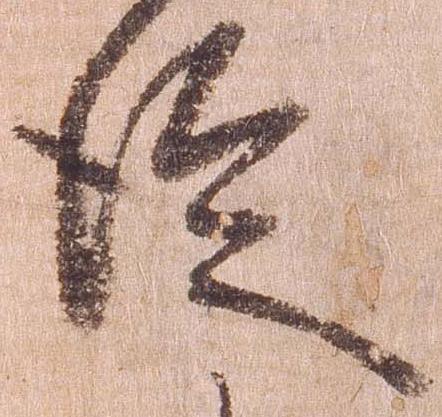
徒